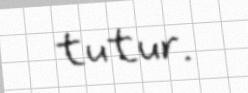
tutur.